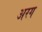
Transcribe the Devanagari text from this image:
अरग